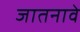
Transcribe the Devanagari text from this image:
जातनावे